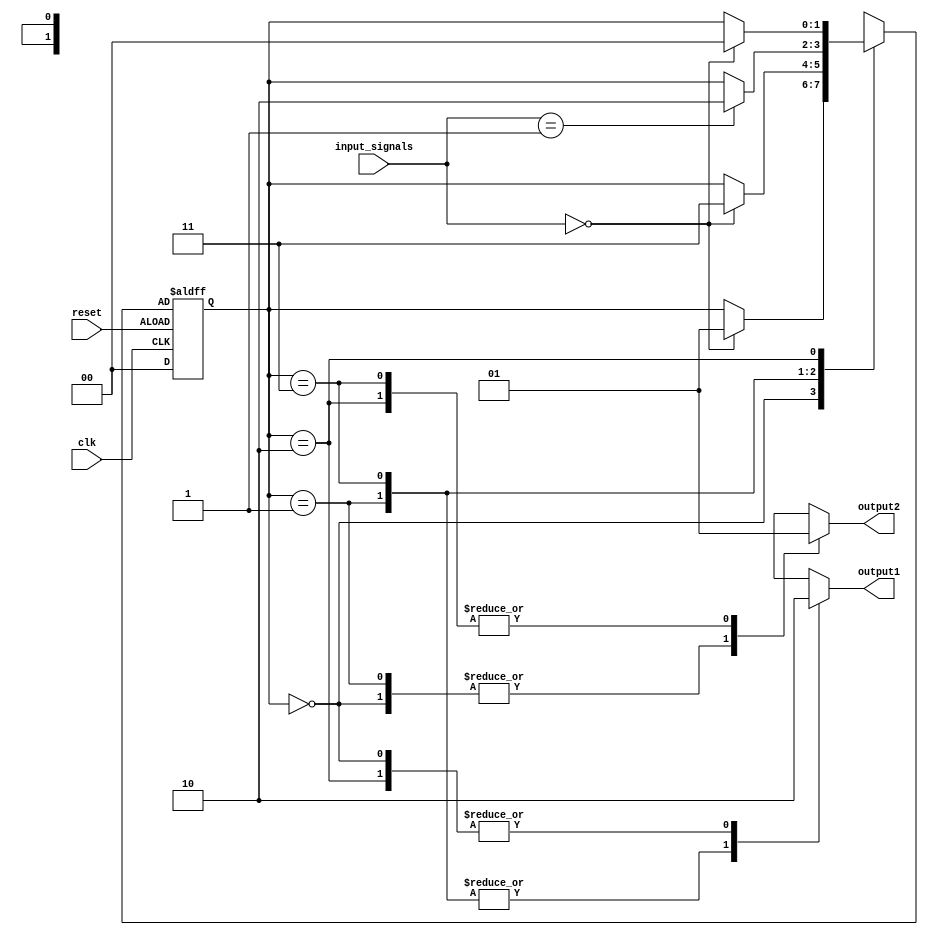
module gray_code_state_machine(
    input clk,
    input reset,
    input [1:0] input_signals,
    output reg output1,
    output reg output2
);

// Declare states in Gray code
parameter STATE_A = 2'b00;
parameter STATE_B = 2'b01;
parameter STATE_C = 2'b11;
parameter STATE_D = 2'b10;

// Declare state register and next state logic
reg [1:0] state_reg, next_state;

always @(posedge clk or negedge reset) begin
    if (reset) begin
        state_reg <= STATE_A;
    end else begin
        state_reg <= next_state;
    end
end

// Define state transitions based on input signals
always @* begin
    case(state_reg)
        STATE_A: begin
            if(input_signals == 2'b00)
                next_state = STATE_B;
            else
                next_state = state_reg;
        end
        STATE_B: begin
            if(input_signals == 2'b00)
                next_state = STATE_C;
            else
                next_state = state_reg;
        end
        STATE_C: begin
            if(input_signals == 2'b01)
                next_state = STATE_D;
            else
                next_state = state_reg;
        end
        STATE_D: begin
            if(input_signals == 2'b00)
                next_state = STATE_A;
            else
                next_state = state_reg;
        end
    endcase
end

// Decode Gray code states and drive outputs
always @* begin
    case(state_reg)
        STATE_A: begin
            output1 = 1'b0;
            output2 = 1'b0;
        end
        STATE_B: begin
            output1 = 1'b1;
            output2 = 1'b0;
        end
        STATE_C: begin
            output1 = 1'b1;
            output2 = 1'b1;
        end
        STATE_D: begin
            output1 = 1'b0;
            output2 = 1'b1;
        end
    endcase
end

endmodule